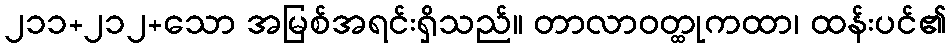
၂၁၁+၂၁၂+သော အမြစ်အရင်းရှိသည်။ တာလာဝတ္ထုကထာ၊ ထန်းပင်၏